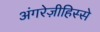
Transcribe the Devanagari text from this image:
अंगरेज़ीहिस्से